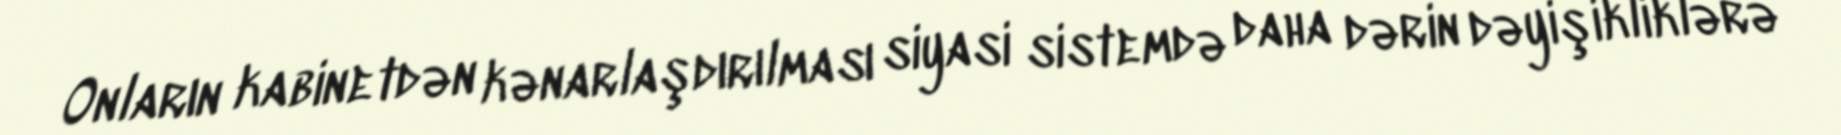
Onların kabinetdən kənarlaşdırılması siyasi sistemdə daha dərin dəyişikliklərə